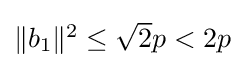
{\textstyle \|b_{1}\|^{2}\leq {\sqrt {2}}p<2p}